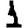
Digit: 1